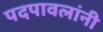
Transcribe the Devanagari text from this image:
पदपावलांनी